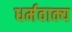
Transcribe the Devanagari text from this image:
धर्मवाक्य